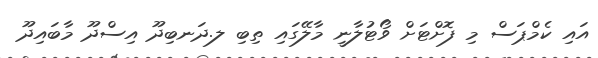
އައި ކެމްޕަސް މި ފޮށްޓަށް ވޯޓުލާނީ މާލޭގައި ތިބި ލ.ދަނބިދޫ އިސްދޫ މާބައިދޫ